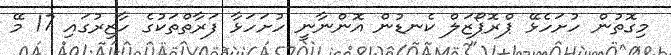
މިގޮތުން ހުށަހެޅޭ ޕްރޮޕޯޒަލް ކެނޑުން އޮންނާނީ ހުށަހަޅާ ފަރާތްތަކުގެ ހާޒިރުގައި 17 މޭ